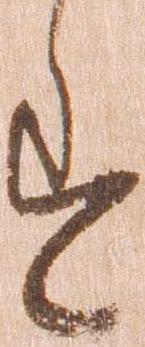
す